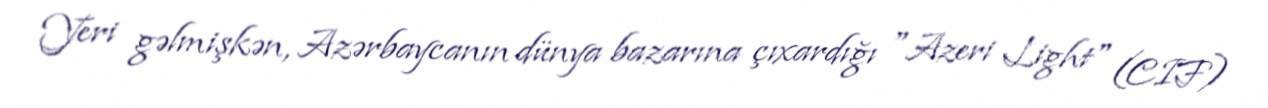
Yeri gəlmişkən, Azərbaycanın dünya bazarına çıxardığı "Azeri Light" (CIF)